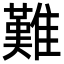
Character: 難